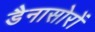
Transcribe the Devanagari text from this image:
डैनासोरों